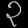
Digit: ၃